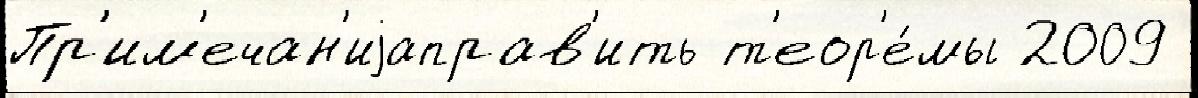
Пр'им'ечан'иjаправ'ить т'еор'е́мы 2009